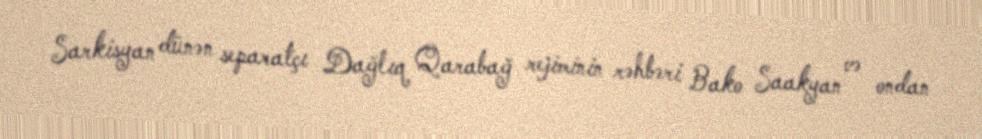
Sarkisyan dünən separatçı Dağlıq Qarabağ rejiminin rəhbəri Bako Saakyan və ondan